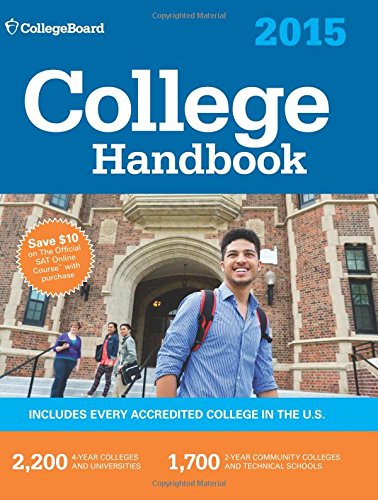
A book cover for College Handbook 2015: All New 52nd Edition; The College Board; Education & Teaching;